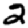
Digit: 2